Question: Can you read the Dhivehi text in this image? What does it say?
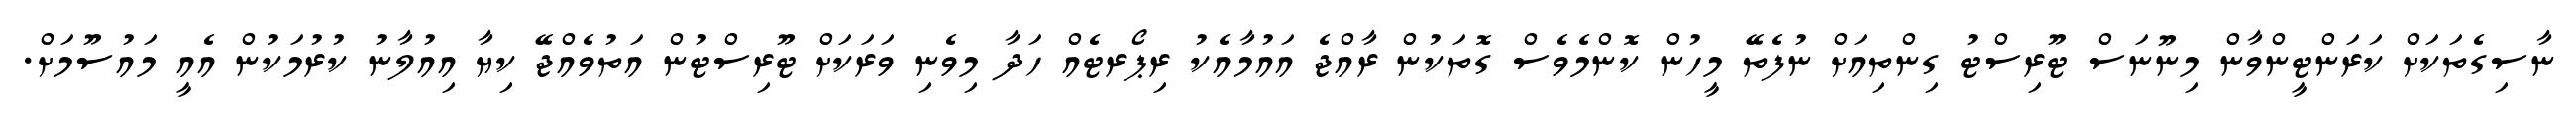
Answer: ނާސިގެތަކަށް ކަރަންޓީންވާން މިނޫނަސް ޓޫރިސްޓު ގިންތިއަށް ނުފެތޭ މީހުން ކޮންމެވެސް ގޮތަކުން ރާއްޖެ އައުމާއެކު ރިޕޯރޓެއް ހަދާ މިވެނި ވަރަކަށް ޓޫރިސްޓުން އަތުވެއްޖޭ ކިޔާ އިއުލާނު ކުރުމަކުން އެއީ މައުސޫމަށް.